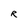
Character: R